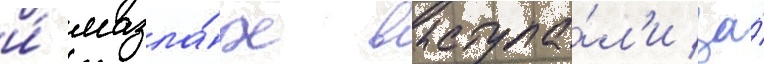
и́ мазла́х выступа́л'и за́